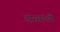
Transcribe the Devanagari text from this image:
दोस्तांशी